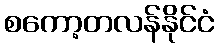
စကော့တလန်နိုင်ငံ